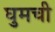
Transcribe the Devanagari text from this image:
घुमची